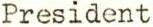
President